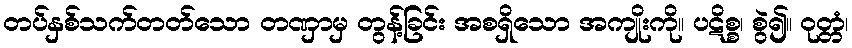
တပ်နှစ်သက်တတ်သော တဏှာမှ တွန့်ခြင်း အစရှိသော အကျိုးကို။ ပဋိစ္စ၊ စွဲ၍။ ဝုတ္တံ၊